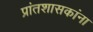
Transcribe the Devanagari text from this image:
प्रांतशासकांना